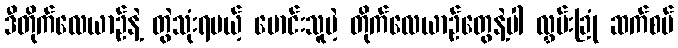
ဒီတိုက်လေယာဉ်နဲ့ တွဲသုံးရမယ့် မောင်းသူမဲ့ တိုက်လေယာဉ်တွေနဲ့ပါ လွှမ်းခြုံ ဆက်စပ်